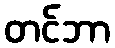
တင်ဘာ